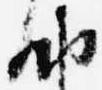
納